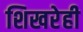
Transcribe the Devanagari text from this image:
शिखरेही